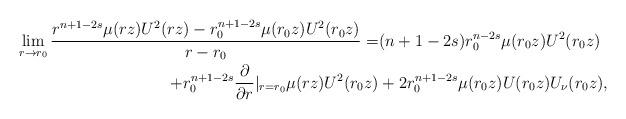
LaTeX: \begin{align*}\lim_{r\to r_0}\frac{r^{n+1-2s}\mu(rz)U^2(rz)-r_0^{n+1-2s}\mu(r_0z)U^2(r_0z)}{r-r_0}=&(n+1-2s)r_0^{n-2s}\mu(r_0z)U^2(r_0z)\\+r_0^{n+1-2s}\frac{\partial}{\partial r}|_{r=r_0}\mu(rz)U^2(r_0z)&+2r_0^{n+1-2s}\mu(r_0z)U(r_0z)U_{\nu}(r_0z), \end{align*}